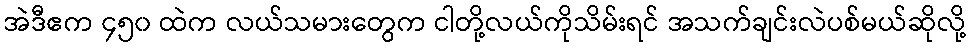
အဲဒီဧက ၄၅၀ ထဲက လယ်သမားတွေက ငါတို့လယ်ကိုသိမ်းရင် အသက်ချင်းလဲပစ်မယ်ဆိုလို့